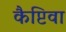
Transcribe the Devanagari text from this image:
कैप्टिवा